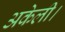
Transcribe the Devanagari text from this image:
अकेली।